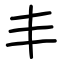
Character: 丰